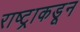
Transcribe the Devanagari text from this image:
राष्ट्राकडून